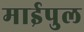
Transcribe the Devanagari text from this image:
माईपुल